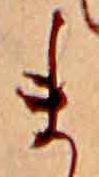
ま